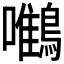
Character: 𪄼